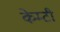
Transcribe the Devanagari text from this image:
केम्टी